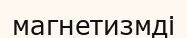
магнетизмді